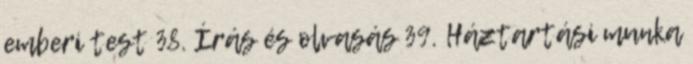
emberi test 38. Írás és olvasás 39. Háztartási munka